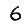
Digit: 6